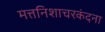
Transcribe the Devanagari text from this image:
मत्तनिशाचरकंदना